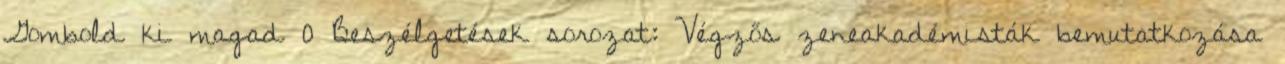
Gombold ki magad 0 Beszélgetések sorozat: Végzős zeneakadémisták bemutatkozása